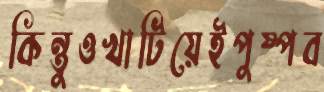
কিন্তুওখাটিয়েইপুষ্পব